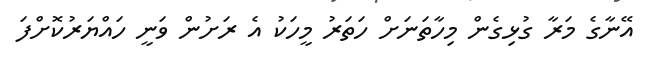
އޭނާގެ މަރާ ގުޅިގެން މިހާތަނަށް ހަތަރު މީހަކު އެ ރަށުން ވަނީ ހައްޔަރުކޮށްފަ